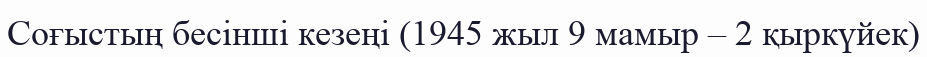
Соғыстың бесінші кезеңі (1945 жыл 9 мамыр – 2 қыркүйек)